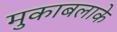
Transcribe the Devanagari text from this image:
मुकाबलाके